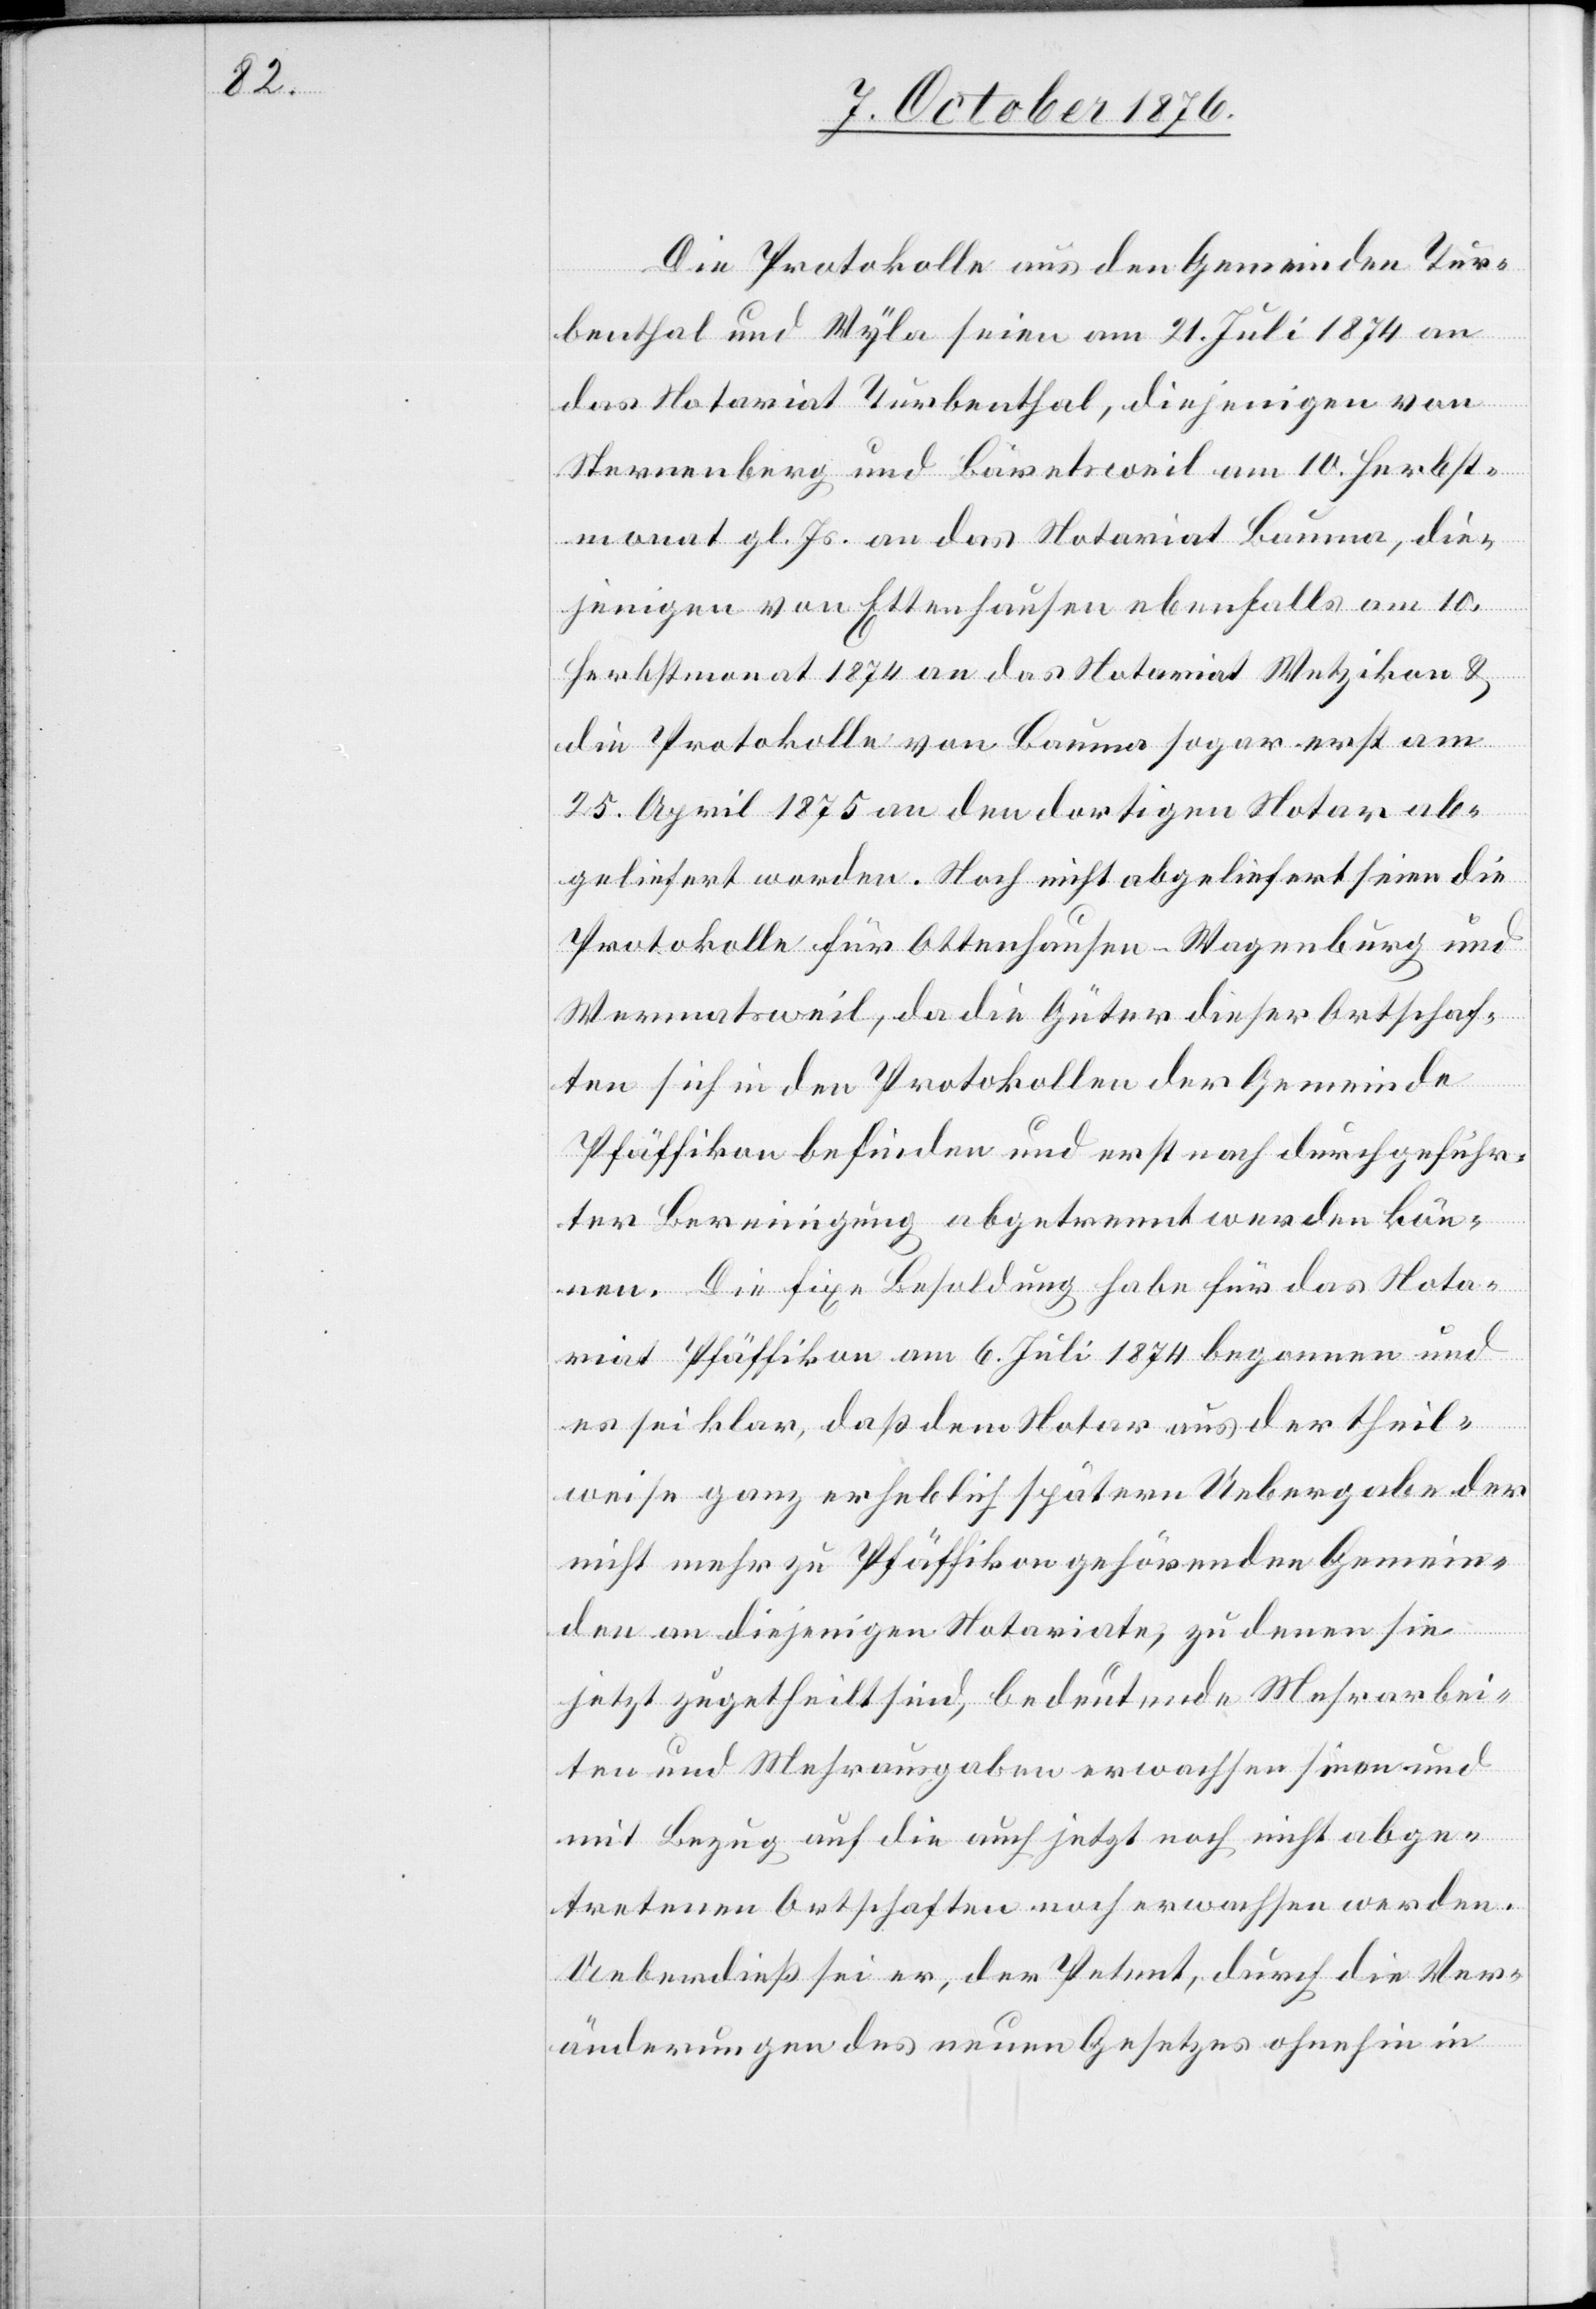
Die Protokolle aus den Gemeinden Tur¬
benthal und Wyla seien am 21. Juli 1874 an
das Notariat Turbenthal, diejenigen von
Sternenberg und Bäretsweil am 10. Herbst¬
monat gl. Js. an das Notariat Bauma, die¬
jenigen von Ettenhausen ebenfalls am 10.
geliefert worden. Noch nicht abgeliefert seien die
Protokolle für Ottenhausen [sic!] - Wagenburg und
Wermatsweil, da die Güter dieser Ortschaf¬
ten sich in den Protokollen der Gemeinde
Pfäffikon befinden und erst nach durchgeführ¬
ter Bereinigung abgetrennt werden kön¬
nen. Die fixe Besoldung habe für das Nota¬
riat Pfäffikon am 6. Juli 1874 begonnen und
es sei klar, daß dem Notar aus der theil¬
weise ganz erheblich spätern Uebergabe der
nicht mehr zu Pfäffikon gehörenden Gemein¬
den an diejenige der Notariate, zu denen sie
jetzt zugetheilt sind, bedeutenden Mehrarbei¬
ten und Mehrausgaben erwachsen seien und
mit Bezug auf die auch jetzt noch nicht abge¬
tretenen Ortschaften noch erwachsen werden.
Ueberdieß sei er, der Petent, durch die Ver¬
änderungen des neuen Gesetzes ohnehin in

ab¬